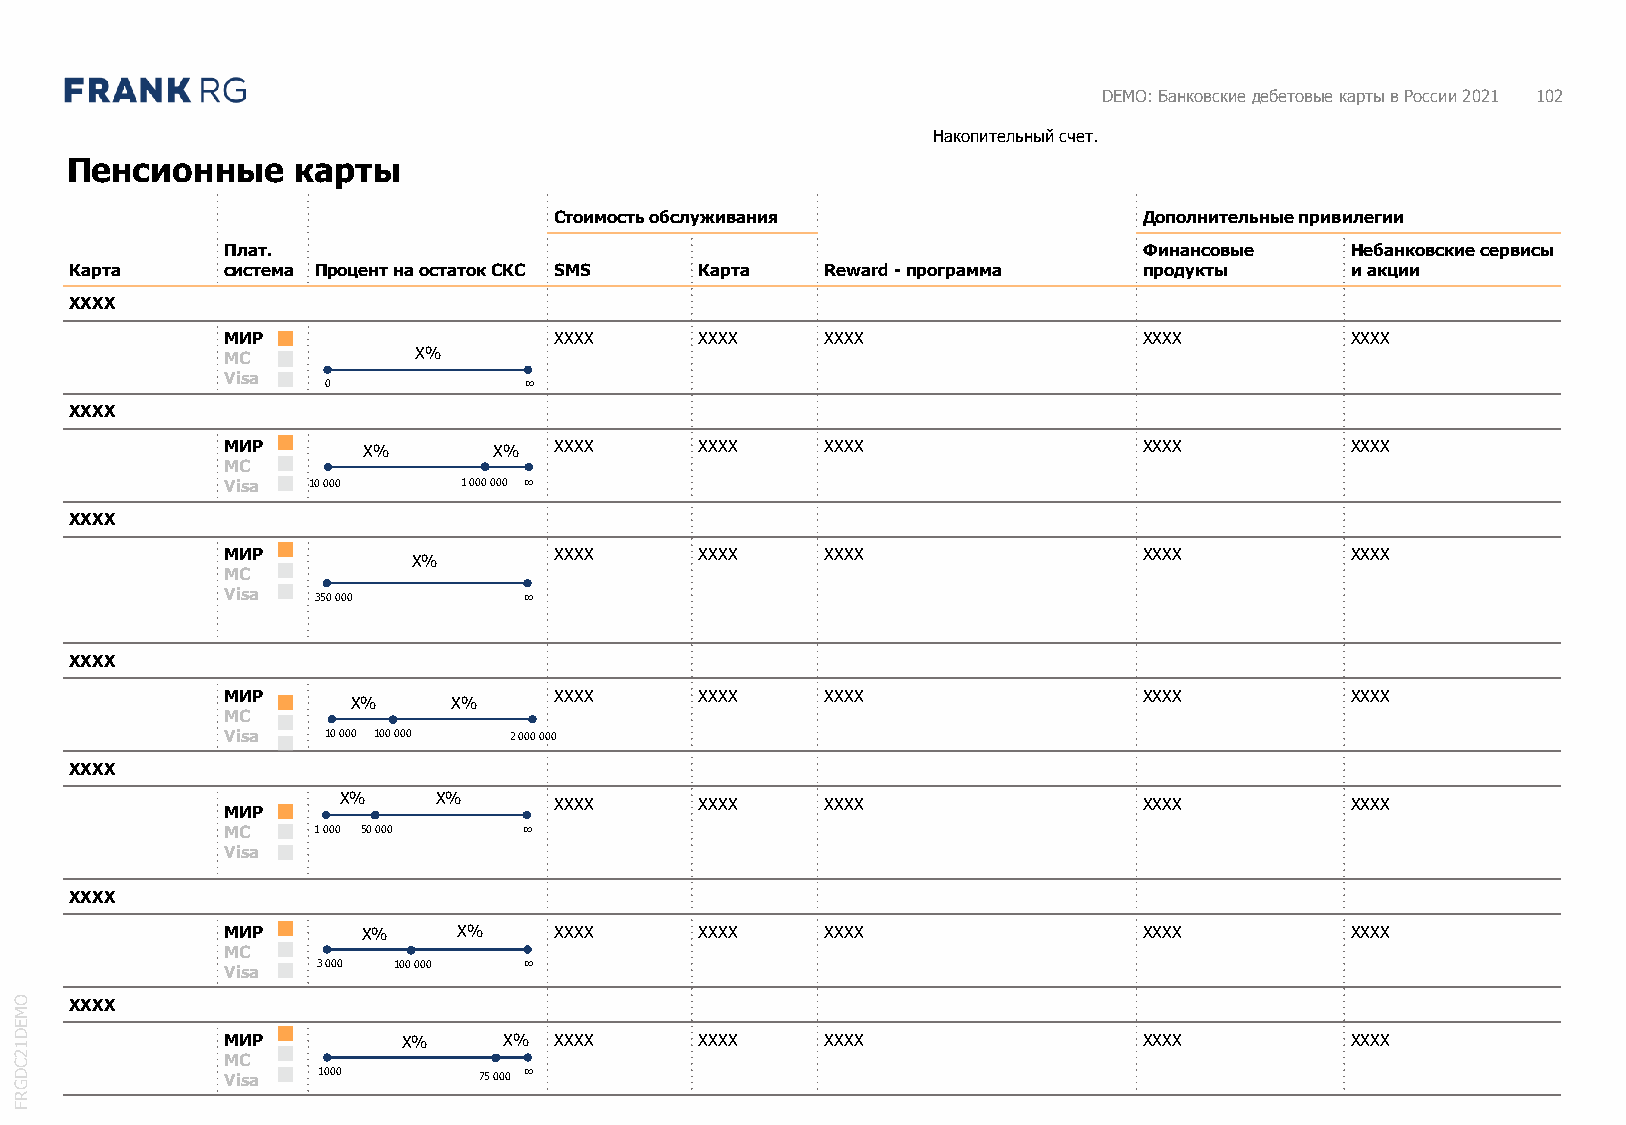
DEMO: Банковские дебетовые карты в России 2021 102
 Накопительный счет.
 Пенсионные     карты
 Стоимость обслуживания                 Дополнительные привилегии
 Плат.                                                        Финансовые   Небанковские сервисы
 Карта     система Процент на остаток СКС SMS Карта Reward -программа   продукты     и акции
 XXXX
 МИР                   XXXX     XXXX     XXXX                 XXXX         XXXX
 MC          X%
 Visa
 0             ∞
 XXXX
 МИР      X%       X%  XXXX     XXXX     XXXX                 XXXX         XXXX
 MC
 Visa 10 000     1 000 000 ∞
 XXXX
 МИР                   XXXX     XXXX     XXXX                 XXXX         XXXX
 X%
 MC
 Visa  350 000       ∞
 XXXX
 МИР                   XXXX     XXXX     XXXX                 XXXX         XXXX
 X%     X%
 MC
 Visa  10 000 100 000 2 000 000
 XXXX
 X%     X%      XXXX     XXXX     XXXX                 XXXX         XXXX
 МИР
 MC    1 000 50 000  ∞
 Visa
 XXXX
 МИР      X%    X%     XXXX     XXXX     XXXX                 XXXX         XXXX
 MC
 Visa  3 000 100 000 ∞
 O   XXXX
 M
 E
 D 1           МИР         X%    X%  XXXX     XXXX     XXXX                 XXXX         XXXX
 2 C           MC
 D             Visa  1000       75 000 ∞
 G
 R
 F